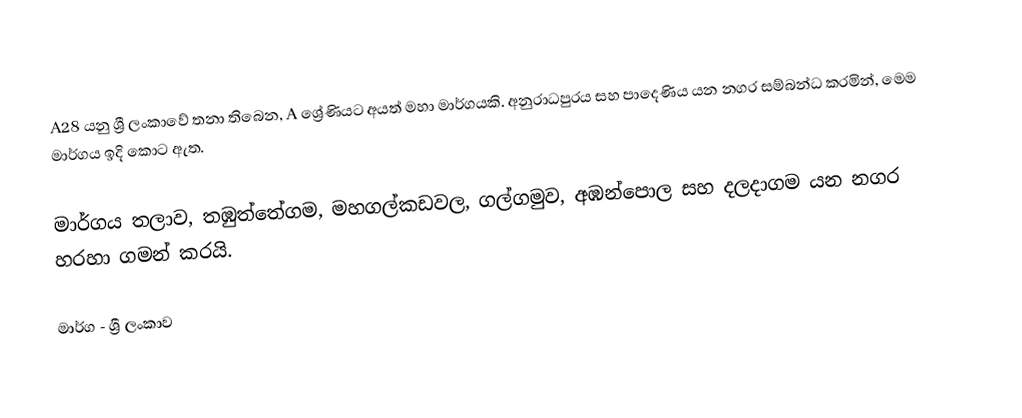
A28 යනු ශ්‍රී ලංකාවේ තනා තිබෙන, A ශ්‍රේණියට අයත් මහා මාර්ගයකි. අනුරාධපුරය සහ පාදෙණිය යන නගර සම්බන්ධ කරමින්, මෙම මාර්ගය ඉදි කොට ඇත.

මාර්ගය තලාව, තඹුත්තේගම, මහගල්කඩවල, ගල්ගමුව, අඹන්පොල සහ දලදාගම යන නගර හරහා ගමන් කරයි.

මාර්ග - ශ්‍රී ලංකාව